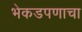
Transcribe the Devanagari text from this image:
भेकडपणाचा